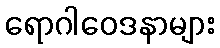
ရောဂါဝေဒနာများ